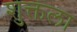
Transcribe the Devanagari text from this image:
शुक्तला